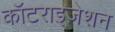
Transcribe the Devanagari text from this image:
कॉटराइज़ेशन